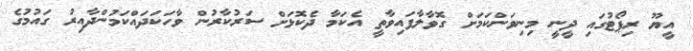
އީޔޫ ރިޕޯޓުގައި ދީނީ މިނިވަންކަމަށް ގޮވާލާފައިވާތީ އެކަމާ ދެކޮޅަށް ސަރުކާރުން ވާހަކަދައްކަމުންދާއިރު ގައުމުގެ